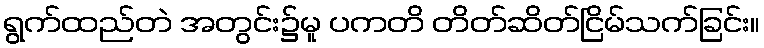
ရွက်ထည်တဲ အတွင်း၌မူ ပကတိ တိတ်ဆိတ်ငြိမ်သက်ခြင်း။